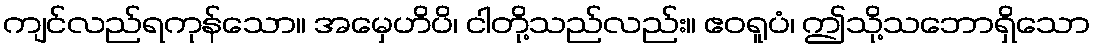
ကျင်လည်ရကုန်သော။ အမှေဟိပိ၊ ငါတို့သည်လည်း။ ဧဝရူပံ၊ ဤသို့သဘောရှိသော